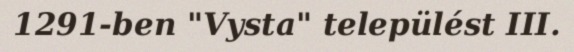
1291-ben "Vysta" települést III.